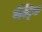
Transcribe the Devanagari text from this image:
मैट्कि